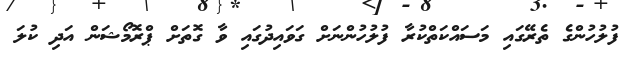
ފުލުހުންގެ ތެރޭގައި މަސައްކަތްކުރާ ފުލުހުންނަށް ގަވައިދުގައި ވާ ގޮތަށް ޕްރޮމޯޝަން އަދި ކުލަ